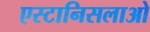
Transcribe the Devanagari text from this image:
एस्टानिसलाओ